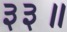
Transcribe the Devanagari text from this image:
३३॥